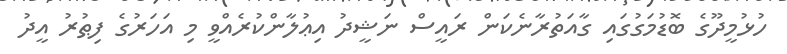
ހުޅުމީދޫގެ ބޮޑުމަގުގައި ގާއަތުރާނެކަން ރައީސް ނަޝީދު އިޢުލާންކުރެއްވީ މި އަހަރުގެ ފިޠުރު އީދު